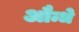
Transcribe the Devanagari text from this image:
औन्धे